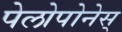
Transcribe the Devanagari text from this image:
पेलोपोनेस्